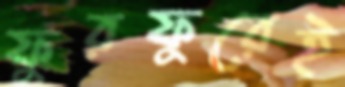
ফুরফুরেই